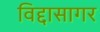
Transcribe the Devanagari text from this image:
विद्दासागर